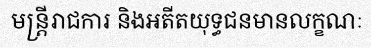
មន្ត្រីរាជការ និងអតីតយុទ្ធជនមានលក្ខណៈ